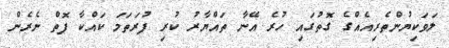
ލަވަކިޔުންތެރިއެއްގެ ގޮތުގައި ހުރެ އޭނާ ތައްޔާރު ކުރި ފުރަތަމަ ކައްކާ ފޮތް ނެރެން